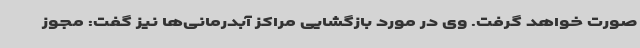
صورت خواهد گرفت. وی در مورد بازگشایی مراکز آبدرمانی‌ها نیز گفت: مجوز